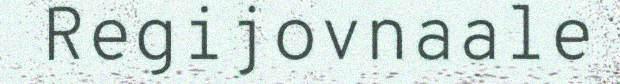
Regijovnaale